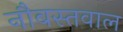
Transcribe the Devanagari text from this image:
नौबस्तवाल